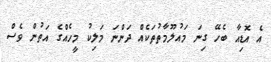
އެ އޮޑިއާ ބެހޭ ގިނަ މައުލޫމާތުތަކެެއް ދަންނަ މަލިކު މީހެއްގެ އަތުން ވެސް